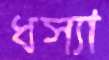
ধস্যা